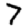
Digit: 7